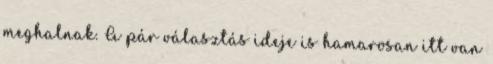
meghalnak. A pár választás ideje is hamarosan itt van